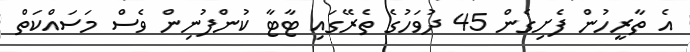
އެ ތާރީހުން ފެށިގެން 45 ދުވަހުގެ ތެރޭގައި ޓާޓާ ކުންފުނިން ވެސް މަސައްކަތް